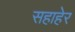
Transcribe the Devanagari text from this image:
सहाहेर